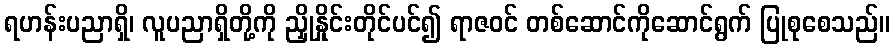
ရဟန်းပညာရှိ၊ လူပညာရှိတို့ကို ညှိုနှိုင်းတိုင်ပင်၍ ရာဇဝင် တစ်ဆောင်ကိုဆောင်ရွက် ပြုစုစေသည်။